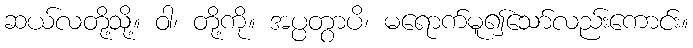
ဆယ်လတို့သို့။ ဝါ၊ တို့ကို။ အပ္ပတွာပိ၊ မရောက်မူ၍သော်လည်းကောင်း။